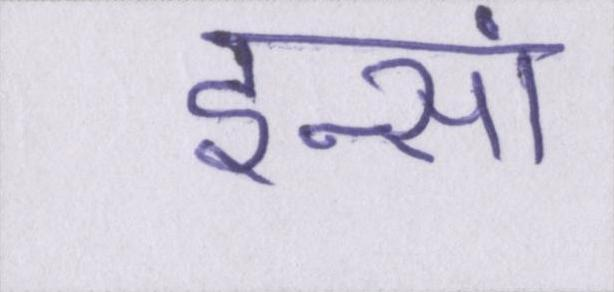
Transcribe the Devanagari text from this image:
इन्सां